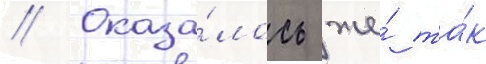
// Оказа́лось же́ та́к